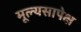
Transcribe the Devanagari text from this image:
मूल्यसापेक्ष